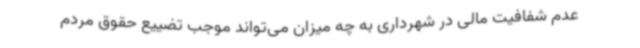
عدم شفافیت مالی در شهرداری به چه میزان می‌تواند موجب تضییع حقوق مردم